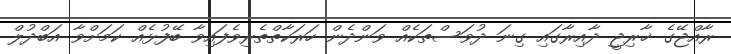
ރާއްޖޭގެ ޚާރިޖީ ދާއިރާގައި ގިނަ ދުވަސްތަކެއް ވަންދެން ހަރަކާތްތެރިވެފައިވާ ބޭފުޅެއް ކަމަށްވާ އަބްދުލް